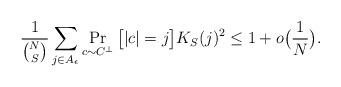
LaTeX: \begin{align*} \frac{1}{\binom{N}{S}}\sum_{j\in A_\epsilon} \Pr_{c\sim C^\perp}\big[|c|=j\big] K_S(j)^2&\leq 1+o\big(\frac{1}{N}\big).\end{align*}